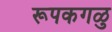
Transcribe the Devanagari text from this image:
रूपकगळु